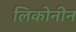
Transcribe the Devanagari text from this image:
लिकोनीन